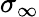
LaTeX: \sigma_{\infty}